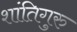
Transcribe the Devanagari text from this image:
शांतिगुरु